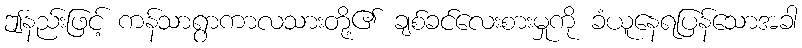
ဤနည်းဖြင့် ကန်သာရွာကာလသားတို့၏ ချစ်ခင်လေးစားမှုကို ခံယူနေရပြန်သောအခါ